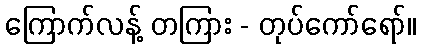
ကြောက်လန့် တကြား - တုပ်ကော်ရော်။